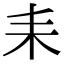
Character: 耒